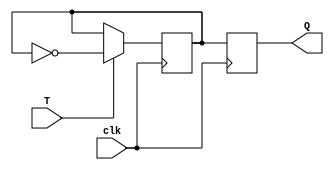
module t_ff (
    input wire T, // T input signal
    input wire clk, // clock signal
    output reg Q // output signal
);

reg master_ff; // master flip-flop
reg slave_ff; // slave flip-flop

// Master flip-flop changes state on rising edge of clock
always @(posedge clk) begin
    if(T) begin
        master_ff <= ~master_ff;
    end
end

// Slave flip-flop changes state on falling edge of clock
always @(negedge clk) begin
    slave_ff <= master_ff;
end

// Output signal is the state of the slave flip-flop
assign Q = slave_ff;

endmodule